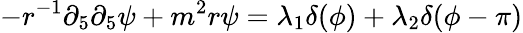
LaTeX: -r^{-1}\partial_{5}\partial_{5}\psi+m^{2}r\psi=\lambda_{1}\delta(\phi)+\lambda_{2}\delta(\phi-\pi)